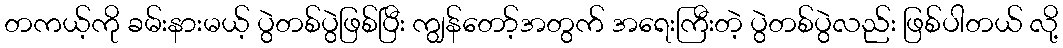
တကယ့်ကို ခမ်းနားမယ့် ပွဲတစ်ပွဲဖြစ်ပြီး ကျွန်တော့်အတွက် အရေးကြီးတဲ့ ပွဲတစ်ပွဲလည်း ဖြစ်ပါတယ် လို့